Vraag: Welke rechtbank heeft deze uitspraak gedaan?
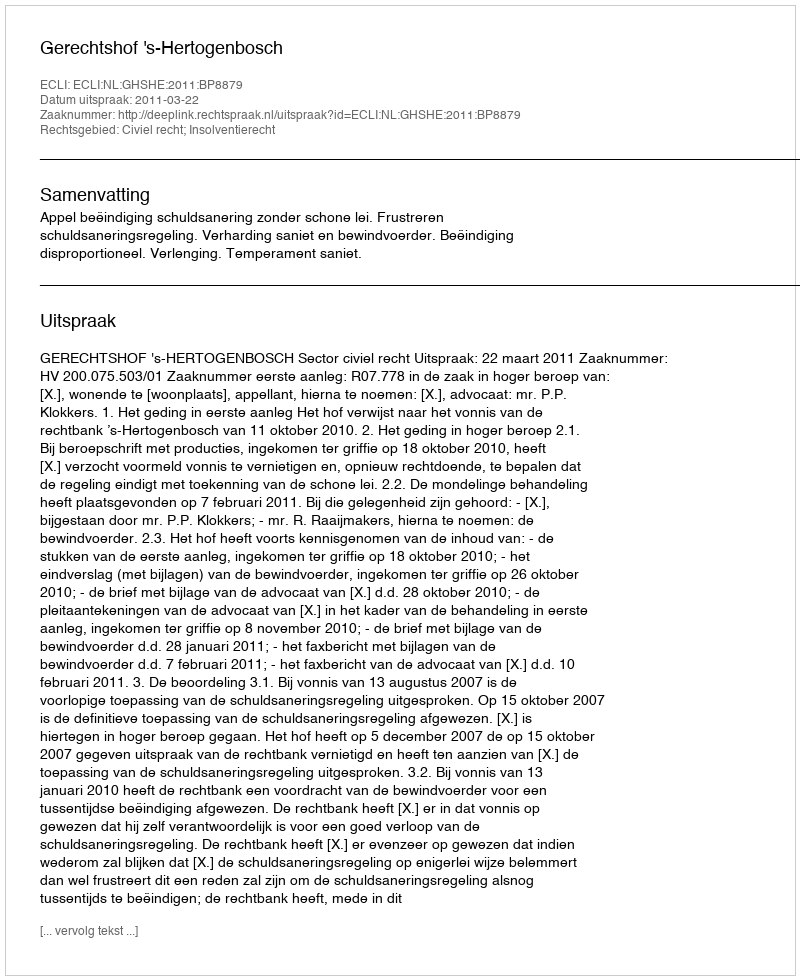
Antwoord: Gerechtshof 's-Hertogenbosch